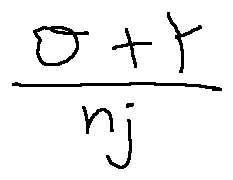
\frac { \sigma + Y } { n j }